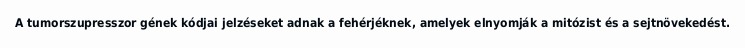
A tumorszupresszor gének kódjai jelzéseket adnak a fehérjéknek, amelyek elnyomják a mitózist és a sejtnövekedést.